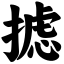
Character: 摅